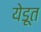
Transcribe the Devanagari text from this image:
येडूत